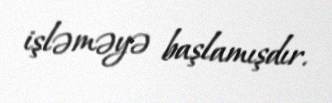
işləməyə başlamışdır.